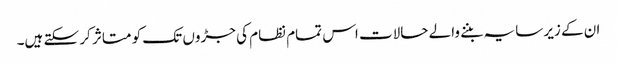
ان کے زیر سایہ بننے والے حالات اس تمام نظام کی جڑوں تک کو متاثر کر سکتے ہیں۔